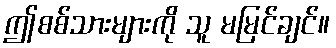
ဤစစ်သားများကို သူ မမြင်ချင်။